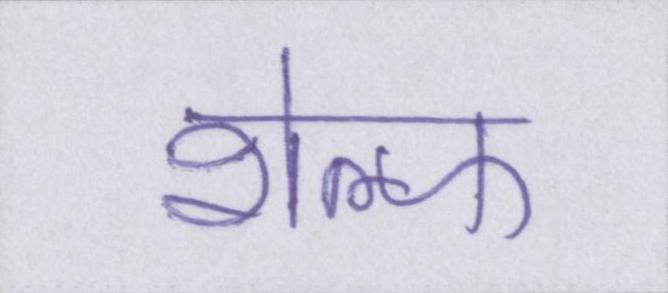
शेल्फ